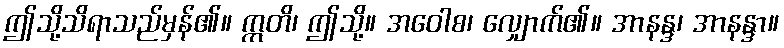
ဤသို့သိရာသည်မှန်၏။ ဣတိ၊ ဤသို့။ အဝေါစ၊ လျှောက်၏။ အာနန္ဒ၊ အာနန္ဒာ။